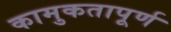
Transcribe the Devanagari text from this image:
कामुकतापूर्ण